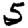
Digit: 5